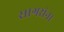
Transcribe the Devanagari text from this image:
सागरांना